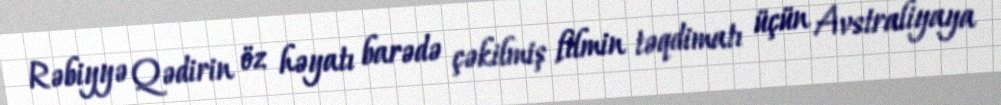
Rəbiyyə Qədirin öz həyatı barədə çəkilmiş filmin təqdimatı üçün Avstraliyaya